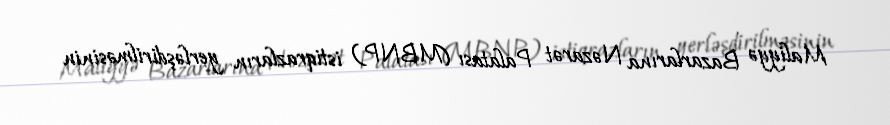
Maliyyə Bazarlarına Nəzarət Palatası (MBNP) istiqrazların yerləşdirilməsinin